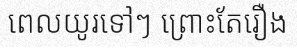
ពេលយូរទៅៗ ព្រោះតែរឿង